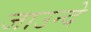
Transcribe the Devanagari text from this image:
जाउन्दे